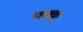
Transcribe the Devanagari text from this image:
मक्‍कू